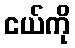
ငယ်ကို